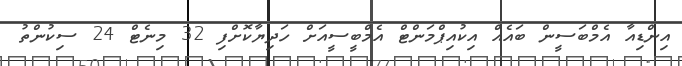
އިންޑިއާ އެމްބަސީން ބައެއް އިކުއިޕްމަންޓް އެމްބީސީއަށް ހަދިޔާކޮށްފި 32 މިނެޓް 24 ސިކުންތު